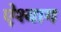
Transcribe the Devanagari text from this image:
ऐश्बाग